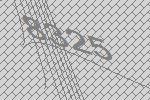
8325